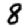
Digit: 8